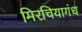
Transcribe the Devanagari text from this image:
मिरचियागंध